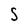
Character: S